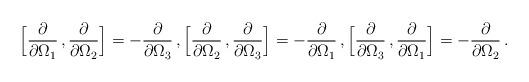
LaTeX: \begin{align*}\Big[\frac{\partial}{\partial\Omega_1}\,,\frac{\partial}{\partial\Omega_2}\Big]=-\frac{\partial}{\partial\Omega_3}\,, \Big[\frac{\partial}{\partial\Omega_2}\,,\frac{\partial}{\partial\Omega_3}\Big]=-\frac{\partial}{\partial\Omega_1}\,,\Big[\frac{\partial}{\partial\Omega_3}\,,\frac{\partial}{\partial\Omega_1}\Big]= -\frac{\partial}{\partial\Omega_2}\,. \end{align*}